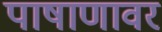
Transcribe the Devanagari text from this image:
पाषाणावर